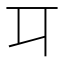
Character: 㔿